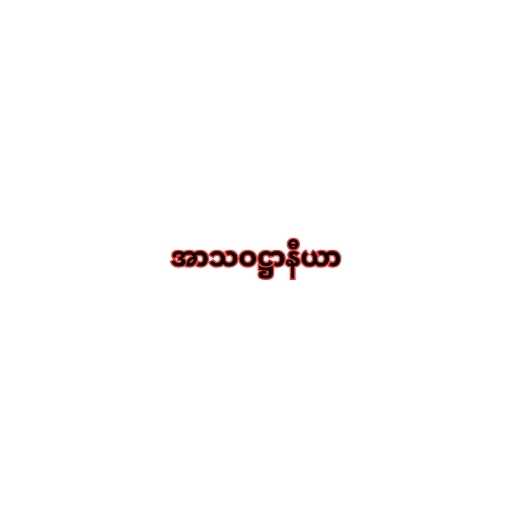
အာသဝဋ္ဌာနီယာ